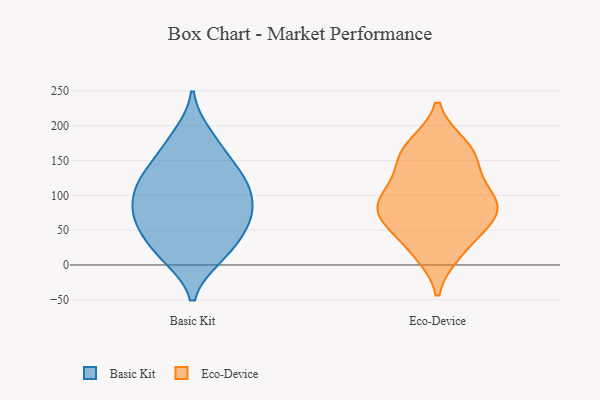
{"axis": {"x": "Net Income (USD K)", "y": "Value"}, "legend": ["Basic Kit", "Eco-Device"], "data": [{"x": "", "y": 49, "type": "Basic Kit"}, {"x": "", "y": 120, "type": "Basic Kit"}, {"x": "", "y": 77, "type": "Basic Kit"}, {"x": "", "y": 17, "type": "Basic Kit"}, {"x": "", "y": 44, "type": "Basic Kit"}, {"x": "", "y": 79, "type": "Basic Kit"}, {"x": "", "y": 186, "type": "Basic Kit"}, {"x": "", "y": 63, "type": "Basic Kit"}, {"x": "", "y": 119, "type": "Basic Kit"}, {"x": "", "y": 175, "type": "Basic Kit"}, {"x": "", "y": 110, "type": "Basic Kit"}, {"x": "", "y": 72, "type": "Basic Kit"}, {"x": "", "y": 155, "type": "Basic Kit"}, {"x": "", "y": 15, "type": "Basic Kit"}, {"x": "", "y": 83, "type": "Basic Kit"}, {"x": "", "y": 125, "type": "Basic Kit"}, {"x": "", "y": 127, "type": "Basic Kit"}, {"x": "", "y": 12, "type": "Basic Kit"}, {"x": "", "y": 89, "type": "Eco-Device"}, {"x": "", "y": 19, "type": "Eco-Device"}, {"x": "", "y": 172, "type": "Eco-Device"}, {"x": "", "y": 91, "type": "Eco-Device"}, {"x": "", "y": 161, "type": "Eco-Device"}, {"x": "", "y": 69, "type": "Eco-Device"}, {"x": "", "y": 65, "type": "Eco-Device"}, {"x": "", "y": 65, "type": "Eco-Device"}, {"x": "", "y": 146, "type": "Eco-Device"}, {"x": "", "y": 138, "type": "Eco-Device"}, {"x": "", "y": 17, "type": "Eco-Device"}, {"x": "", "y": 47, "type": "Eco-Device"}, {"x": "", "y": 94, "type": "Eco-Device"}, {"x": "", "y": 88, "type": "Eco-Device"}, {"x": "", "y": 109, "type": "Eco-Device"}, {"x": "", "y": 171, "type": "Eco-Device"}]}